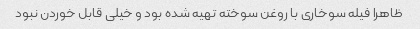
ظاهرا فیله سوخاری با روغن سوخته تهیه شده بود و خیلی قابل خوردن نبود